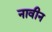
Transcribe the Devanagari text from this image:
नावीन